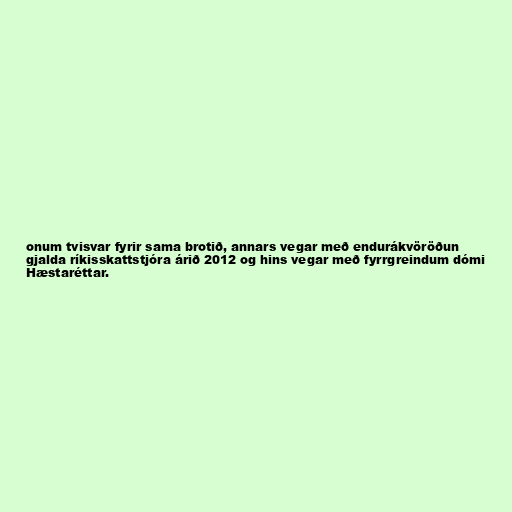
onum tvisvar fyrir sama brotið, annars vegar með endurákvöröðun
gjalda ríkisskattstjóra árið 2012 og hins vegar með fyrrgreindum dómi
Hæstaréttar.